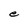
Character: e